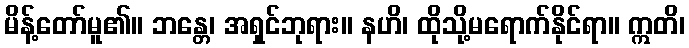
မိန့်တော်မူ၏။ ဘန္တေ၊ အရှင်ဘုရား။ နဟိ၊ ထိုသို့မရောက်နိုင်ရာ။ ဣတိ၊